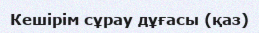
Кешірім сұрау дұғасы (қаз)